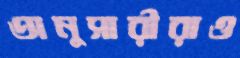
অনুসারীরাও